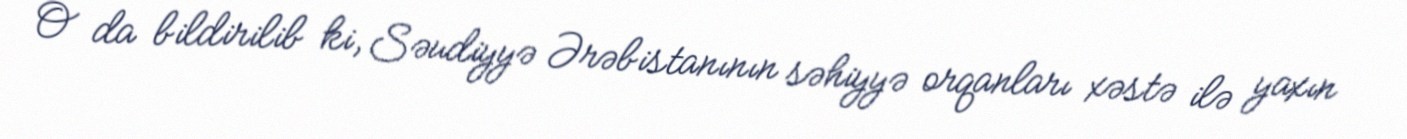
O da bildirilib ki, Səudiyyə Ərəbistanının səhiyyə orqanları xəstə ilə yaxın